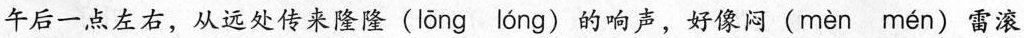
午后一点左右，从远处传来隆隆(lōng lóng)的响声，好像闷(mèn mén)雷滚